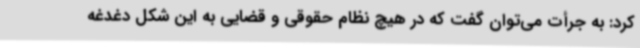
کرد: به جرأت می‌توان گفت که در هیچ نظام حقوقی و قضایی به این شکل دغدغه